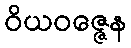
ဝိယဝဇ္ဇေန